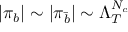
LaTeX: | \pi _ { b } | \sim | \pi _ { \bar { b } } | \sim \Lambda _ { T } ^ { N _ { c } }